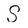
Character: S